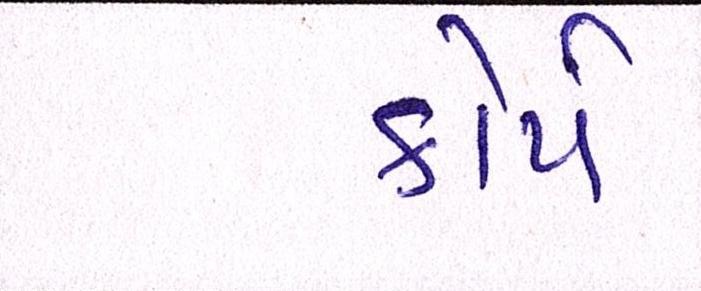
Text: કોર્પ